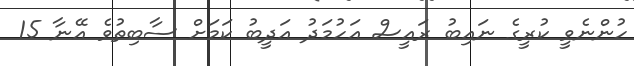
ހުންނެވީ ކުރީގެ ނައިބު ރައީސް އަހުމަދު އަދީބު ކަމަށް ސާބިތުވެ އޭނާ 15